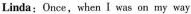
Linda: Once, when I was on my way